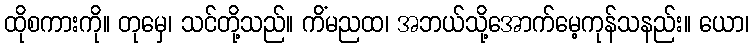
ထိုစကားကို။ တုမှေ၊ သင်တို့သည်။ ကိံမညထ၊ အဘယ်သို့အောက်မေ့ကုန်သနည်း။ ယော၊